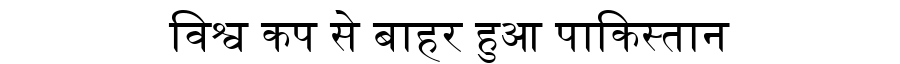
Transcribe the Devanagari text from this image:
विश्व कप से बाहर हुआ पाकिस्तान